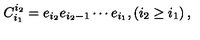
C _ { i _ { 1 } } ^ { i _ { 2 } } = e _ { i _ { 2 } } e _ { i _ { 2 } - 1 } \cdots e _ { i _ { 1 } } , \left( i _ { 2 } \geq i _ { 1 } \right) ,